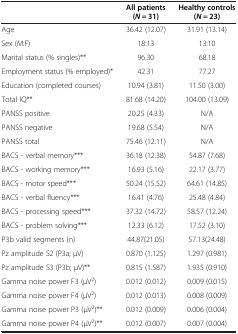
<table><thead><tr><td><b> </b></td><td><b>All patients (<i>N</i> = 31)</b></td><td><b>Healthy controls (<i>N</i> = 23)</b></td></tr></thead><tbody><tr><td>Age</td><td>36.42 (12.07)</td><td>31.91 (13.14)</td></tr><tr><td>Sex (M:F)</td><td>18:13</td><td>13:10</td></tr><tr><td>Marital status (% singles)**</td><td>96.30</td><td>68.18</td></tr><tr><td>Employment status (% employed)*</td><td>42.31</td><td>77.27</td></tr><tr><td>Education (completed courses)</td><td>10.94 (3.81)</td><td>11.50 (3.00)</td></tr><tr><td>Total IQ**</td><td>81.68 (14.20)</td><td>104.00 (13.09)</td></tr><tr><td>PANSS positive</td><td>20.25 (4.33)</td><td>N/A</td></tr><tr><td>PANSS negative</td><td>19.68 (5.54)</td><td>N/A</td></tr><tr><td>PANSS total</td><td>75.46 (12.11)</td><td>N/A</td></tr><tr><td>BACS - verbal memory***</td><td>36.18 (12.38)</td><td>54.87 (7.68)</td></tr><tr><td>BACS - working memory***</td><td>16.93 (5.16)</td><td>22.17 (3.77)</td></tr><tr><td>BACS - motor speed***</td><td>50.24 (15.52)</td><td>64.61 (14.85)</td></tr><tr><td>BACS - verbal fluency***</td><td>16.41 (4.76)</td><td>25.48 (4.84)</td></tr><tr><td>BACS - processing speed***</td><td>37.32 (14.72)</td><td>58.57 (12.24)</td></tr><tr><td>BACS - problem solving***</td><td>12.33 (6.12)</td><td>17.52 (3.10)</td></tr><tr><td>P3b valid segments (n)</td><td>44.87(21.05)</td><td>57.13(24.48)</td></tr><tr><td>Pz amplitude S2 (P3a; μV)</td><td>0.870 (1.125)</td><td>1.297 (0.981)</td></tr><tr><td>Pz amplitude S3 (P3b; μV)**</td><td>0.815 (1.587)</td><td>1.935 (0.910)</td></tr><tr><td>Gamma noise power F3 (μV<sup>2</sup>)</td><td>0.012 (0.012)</td><td>0.009 (0.015)</td></tr><tr><td>Gamma noise power F4 (μV<sup>2</sup>)</td><td>0.012 (0.013)</td><td>0.008 (0.009)</td></tr><tr><td>Gamma noise power P3 (μV<sup>2</sup>)**</td><td>0.012 (0.009)</td><td>0.006 (0.004)</td></tr><tr><td>Gamma noise power P4 (μV<sup>2</sup>)**</td><td>0.012 (0.007)</td><td>0.007 (0.004)</td></tr></tbody></table>